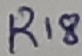
Text: R18